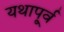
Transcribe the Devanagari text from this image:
यथापू्र्व